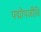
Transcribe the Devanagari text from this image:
पद्मोपजीवि